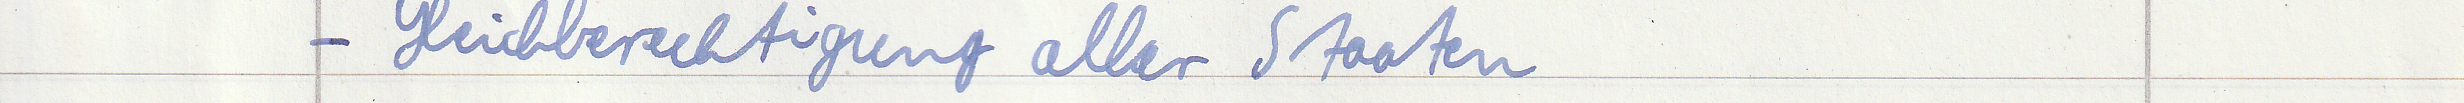
- Gleichberechtigung aller Staaten